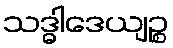
သဒ္ဓါဒေယျဉ္စ